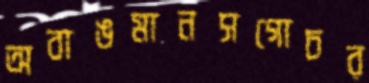
অবাঙমানসগোচর